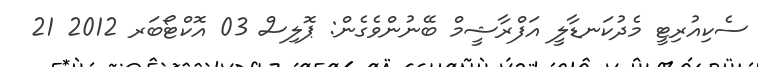
ސެކިއުރިޓީ މެދުކަނޑާލީ އަފްރާޝީމް ބޭނުންވެގެން: ޕޮލިސް 03 އޮކްޓޯބަރ 2012 21